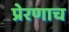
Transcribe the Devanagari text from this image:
प्रेरणाच